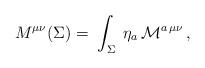
LaTeX: \begin{align*}M^{\mu \nu}(\Sigma) = \; \int_\Sigma \;\eta_a \, {\cal M}^{a\,\mu\nu}\,,\end{align*}